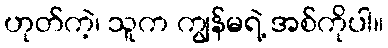
ဟုတ်ကဲ့၊ သူက ကျွန်မရဲ့ အစ်ကိုပါ။